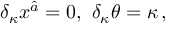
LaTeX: \delta _ { \kappa } x ^ { \hat { a } } = 0 , \, \, \delta _ { \kappa } \theta = \kappa \, ,